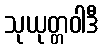
သုယုတ္တဝါဒီ